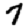
Digit: 7